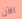
الآن